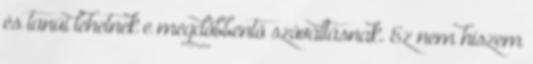
és tanúi lehetnek e megdöbbentő szóváltásnak. Ez nem hiszem